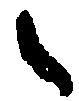
之